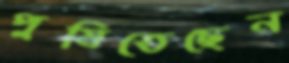
পুষিতেছেন